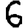
Digit: 6